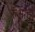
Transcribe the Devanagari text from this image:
रुआहा